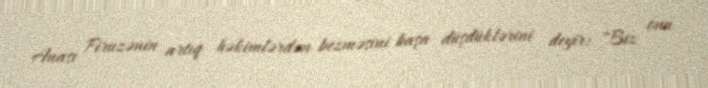
Anası Firuzənin artıq həkimlərdən bezməsini başa düşdüklərini deyir: "Biz onu